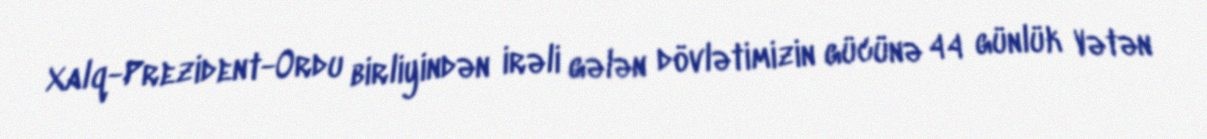
Xalq-Prezident-Ordu birliyindən irəli gələn dövlətimizin gücünə 44 günlük Vətən